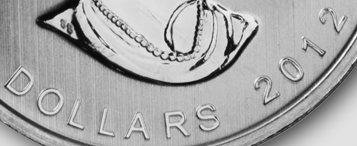
DOLLARS 2012